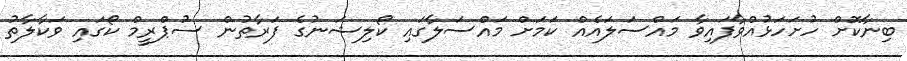
ބިނާކޮށް ހުށަހަޅުއްވާފައިވާ މައްސަލައެއް ކަމަށް މައްސަލާގައި ކޯލިޝަނުގެ ފަރާތުން ސުޕްރީމް ކޯގައި ވަކާލާތު